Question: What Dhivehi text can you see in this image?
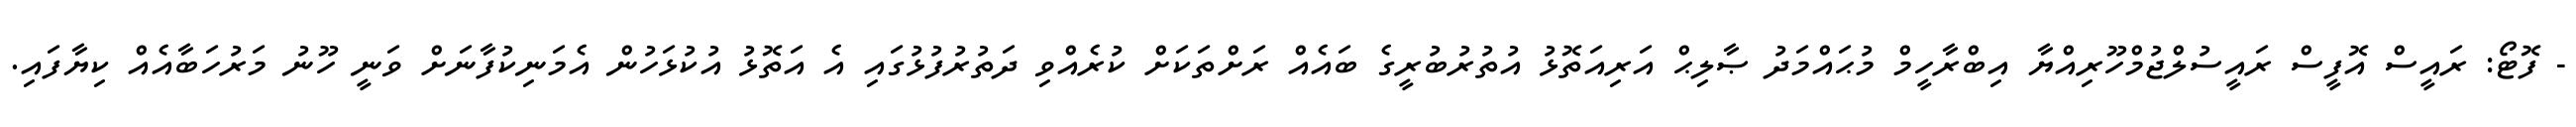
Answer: - ފޮޓޯ: ރައީސް އޮފީސް ރައީސުލްޖުމްހޫރިއްޔާ އިބްރާހީމް މުޙައްމަދު ޞާލިޙް އަރިއަތޮޅު އުތުރުބުރީގެ ބައެއް ރަށްތަކަށް ކުރެއްވި ދަތުރުފުޅުގައި އެ އަތޮޅު އުކުޅަހުން އެމަނިކުފާނަށް ވަނީ ހޫނު މަރުހަބާއެއް ކިޔާފައި.